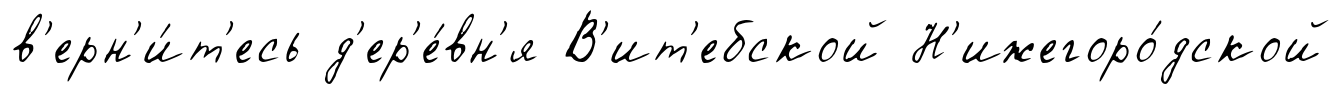
в'ерн'и́т'есь д'ер'е́вн'я В'ит'ебской Н'ижегоро́дской